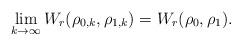
LaTeX: \begin{align*}\lim_{k\to\infty} W_r(\rho_{0,k},\rho_{1,k})=W_r(\rho_0,\rho_1).\end{align*}